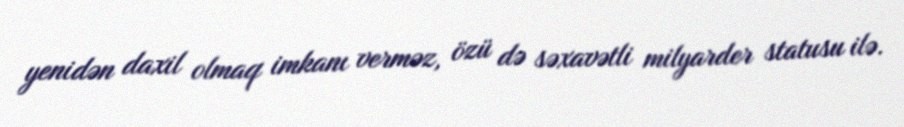
yenidən daxil olmaq imkanı verməz, özü də səxavətli milyarder statusu ilə.